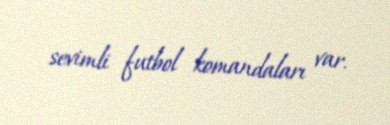
sevimli futbol komandaları var.